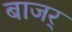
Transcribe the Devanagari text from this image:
बाजर्